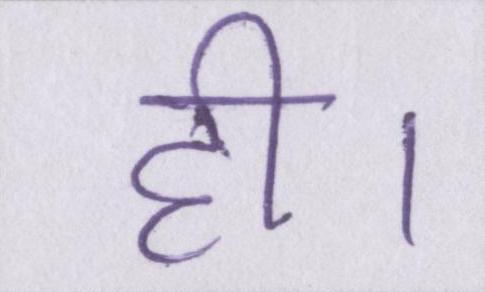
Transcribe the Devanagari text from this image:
ही।